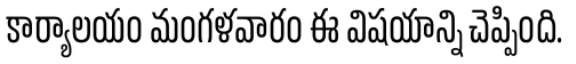
కార్యాలయం మంగళవారం ఈ విషయాన్ని చెప్పింది.